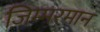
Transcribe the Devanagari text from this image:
ज़िम्मरमान